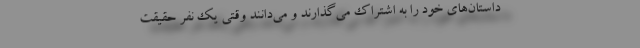
داستان‌های خود را به اشتراک می‌گذارند و می‌دانند وقتی یک نفر حقیقت